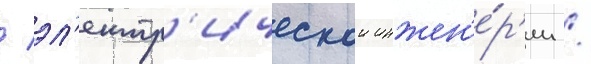
/ эл'ектр'ическои инжен'е́р'ии /